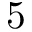
5